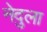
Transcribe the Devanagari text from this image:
नेदुला